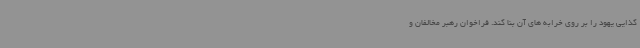
کذایی یهود را بر روی خرابه های آن بنا کند. فراخوان رهبر مخالفان و